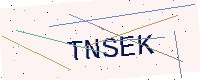
Text: TNSEK